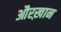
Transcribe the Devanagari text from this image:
औरख़ान